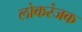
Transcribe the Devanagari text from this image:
लोकरंजक